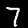
Label: 7